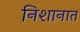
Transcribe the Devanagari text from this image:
निशानात